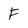
Character: f